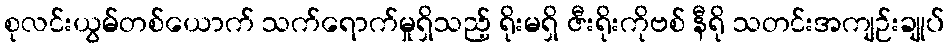
စုလင်းယွမ်တစ်ယောက် သက်ရောက်မှုရှိသည့် ရိုးမရှိ ဇီးရိုးကိုဗစ် နီရို သတင်းအကျဉ်းချုပ်